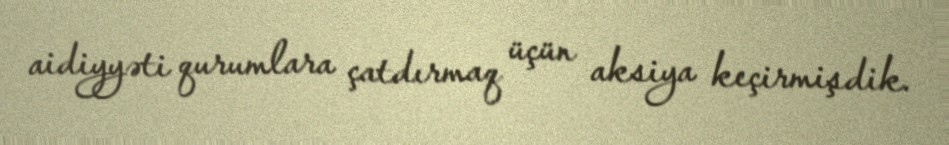
aidiyyəti qurumlara çatdırmaq üçün aksiya keçirmişdik.